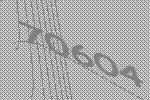
70604